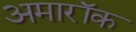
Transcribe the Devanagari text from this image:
अमारॉक